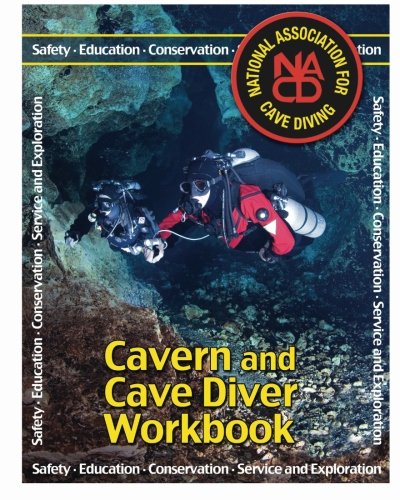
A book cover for Cavern and Cave Diver Workbook; Rob Neto; Sports & Outdoors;